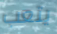
يتعب